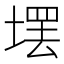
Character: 𪤄